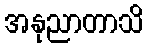
အနုညာတာသိ